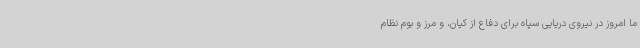
ما امروز در نیروی دریایی سپاه برای دفاع از کیان، و مرز و بوم نظام